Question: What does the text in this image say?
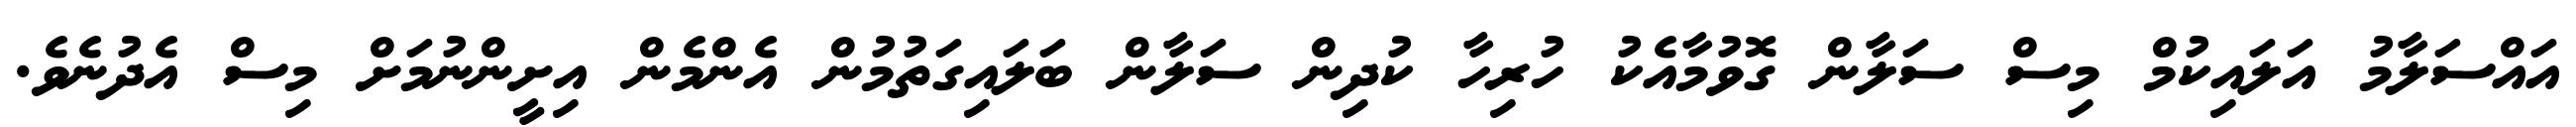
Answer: އައްސަލާމު އަލައިކުމް މިސް ސަލާން ގޮވުމާއެކު ހުރިހާ ކުދިން ސަލާން ބަލައިގަތުމުން އެންމެން އިށީންނުމަށް މިސް އެދުނެވެ.